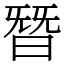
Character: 朁